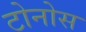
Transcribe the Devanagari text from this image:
टोनोस